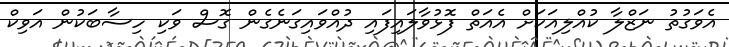
އެވަގުތު ނަޒްލާ ކުއްލިއަކަށް އެއަތް ފޮޅުވާލައިފައި ދުއްވައިގަނެގެން ގޮސް ވަކި ހިސާބަކުން އަވިކް